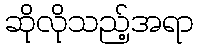
ဆိုလိုသည့်အရာ